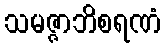
သမဇ္ဇာဘိစရဏံ